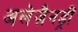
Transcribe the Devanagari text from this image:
अलेज़ैनड्रीं